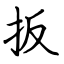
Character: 扳